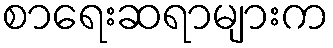
စာရေးဆရာများက